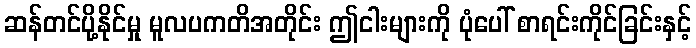
ဆန်တင်ပို့နိုင်မှု မူလပကတိအတိုင်း ဤငါးများကို ပုံပေါ် စာရင်းကိုင်ခြင်းနှင့်